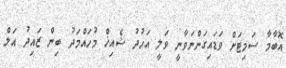
އޮބާމާ ސަމިޓަށް ވަޑައިގަންނަވާނީ ވަލީ އަހުދު ޝެއިޚް މުހައްމަދު ބިން ޒައިދު އަލް